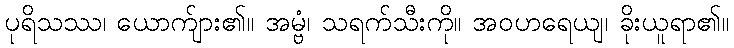
ပုရိသဿ၊ ယောက်ျား၏။ အမ္ဗံ၊ သရက်သီးကို။ အဝဟရေယျ၊ ခိုးယူရာ၏။